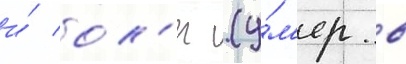
и́ ол'ег (у́м'ер в